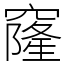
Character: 窿